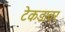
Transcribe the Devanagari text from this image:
टेकडावर